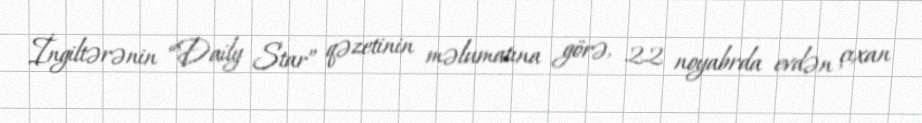
İngiltərənin “Daily Star” qəzetinin məlumatına görə, 22 noyabrda evdən çıxan